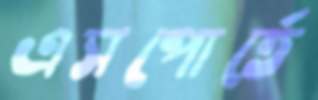
এসপোর্তে